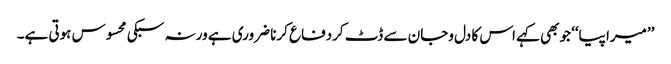
’’میرا پیا‘‘ جوبھی کہے اس کا دل وجان سے ڈٹ کردفاع کرنا ضروری ہے ورنہ سبکی محسوس ہوتی ہے۔